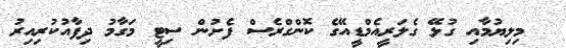
މިލިޔުމާއި ގުޅޭ ގެލަރީއެމްޑީއޭގެ ކޮންގްރެސް ފެށުން ސިޓީ މަގާމު ދިފާއުކުރިއިރު